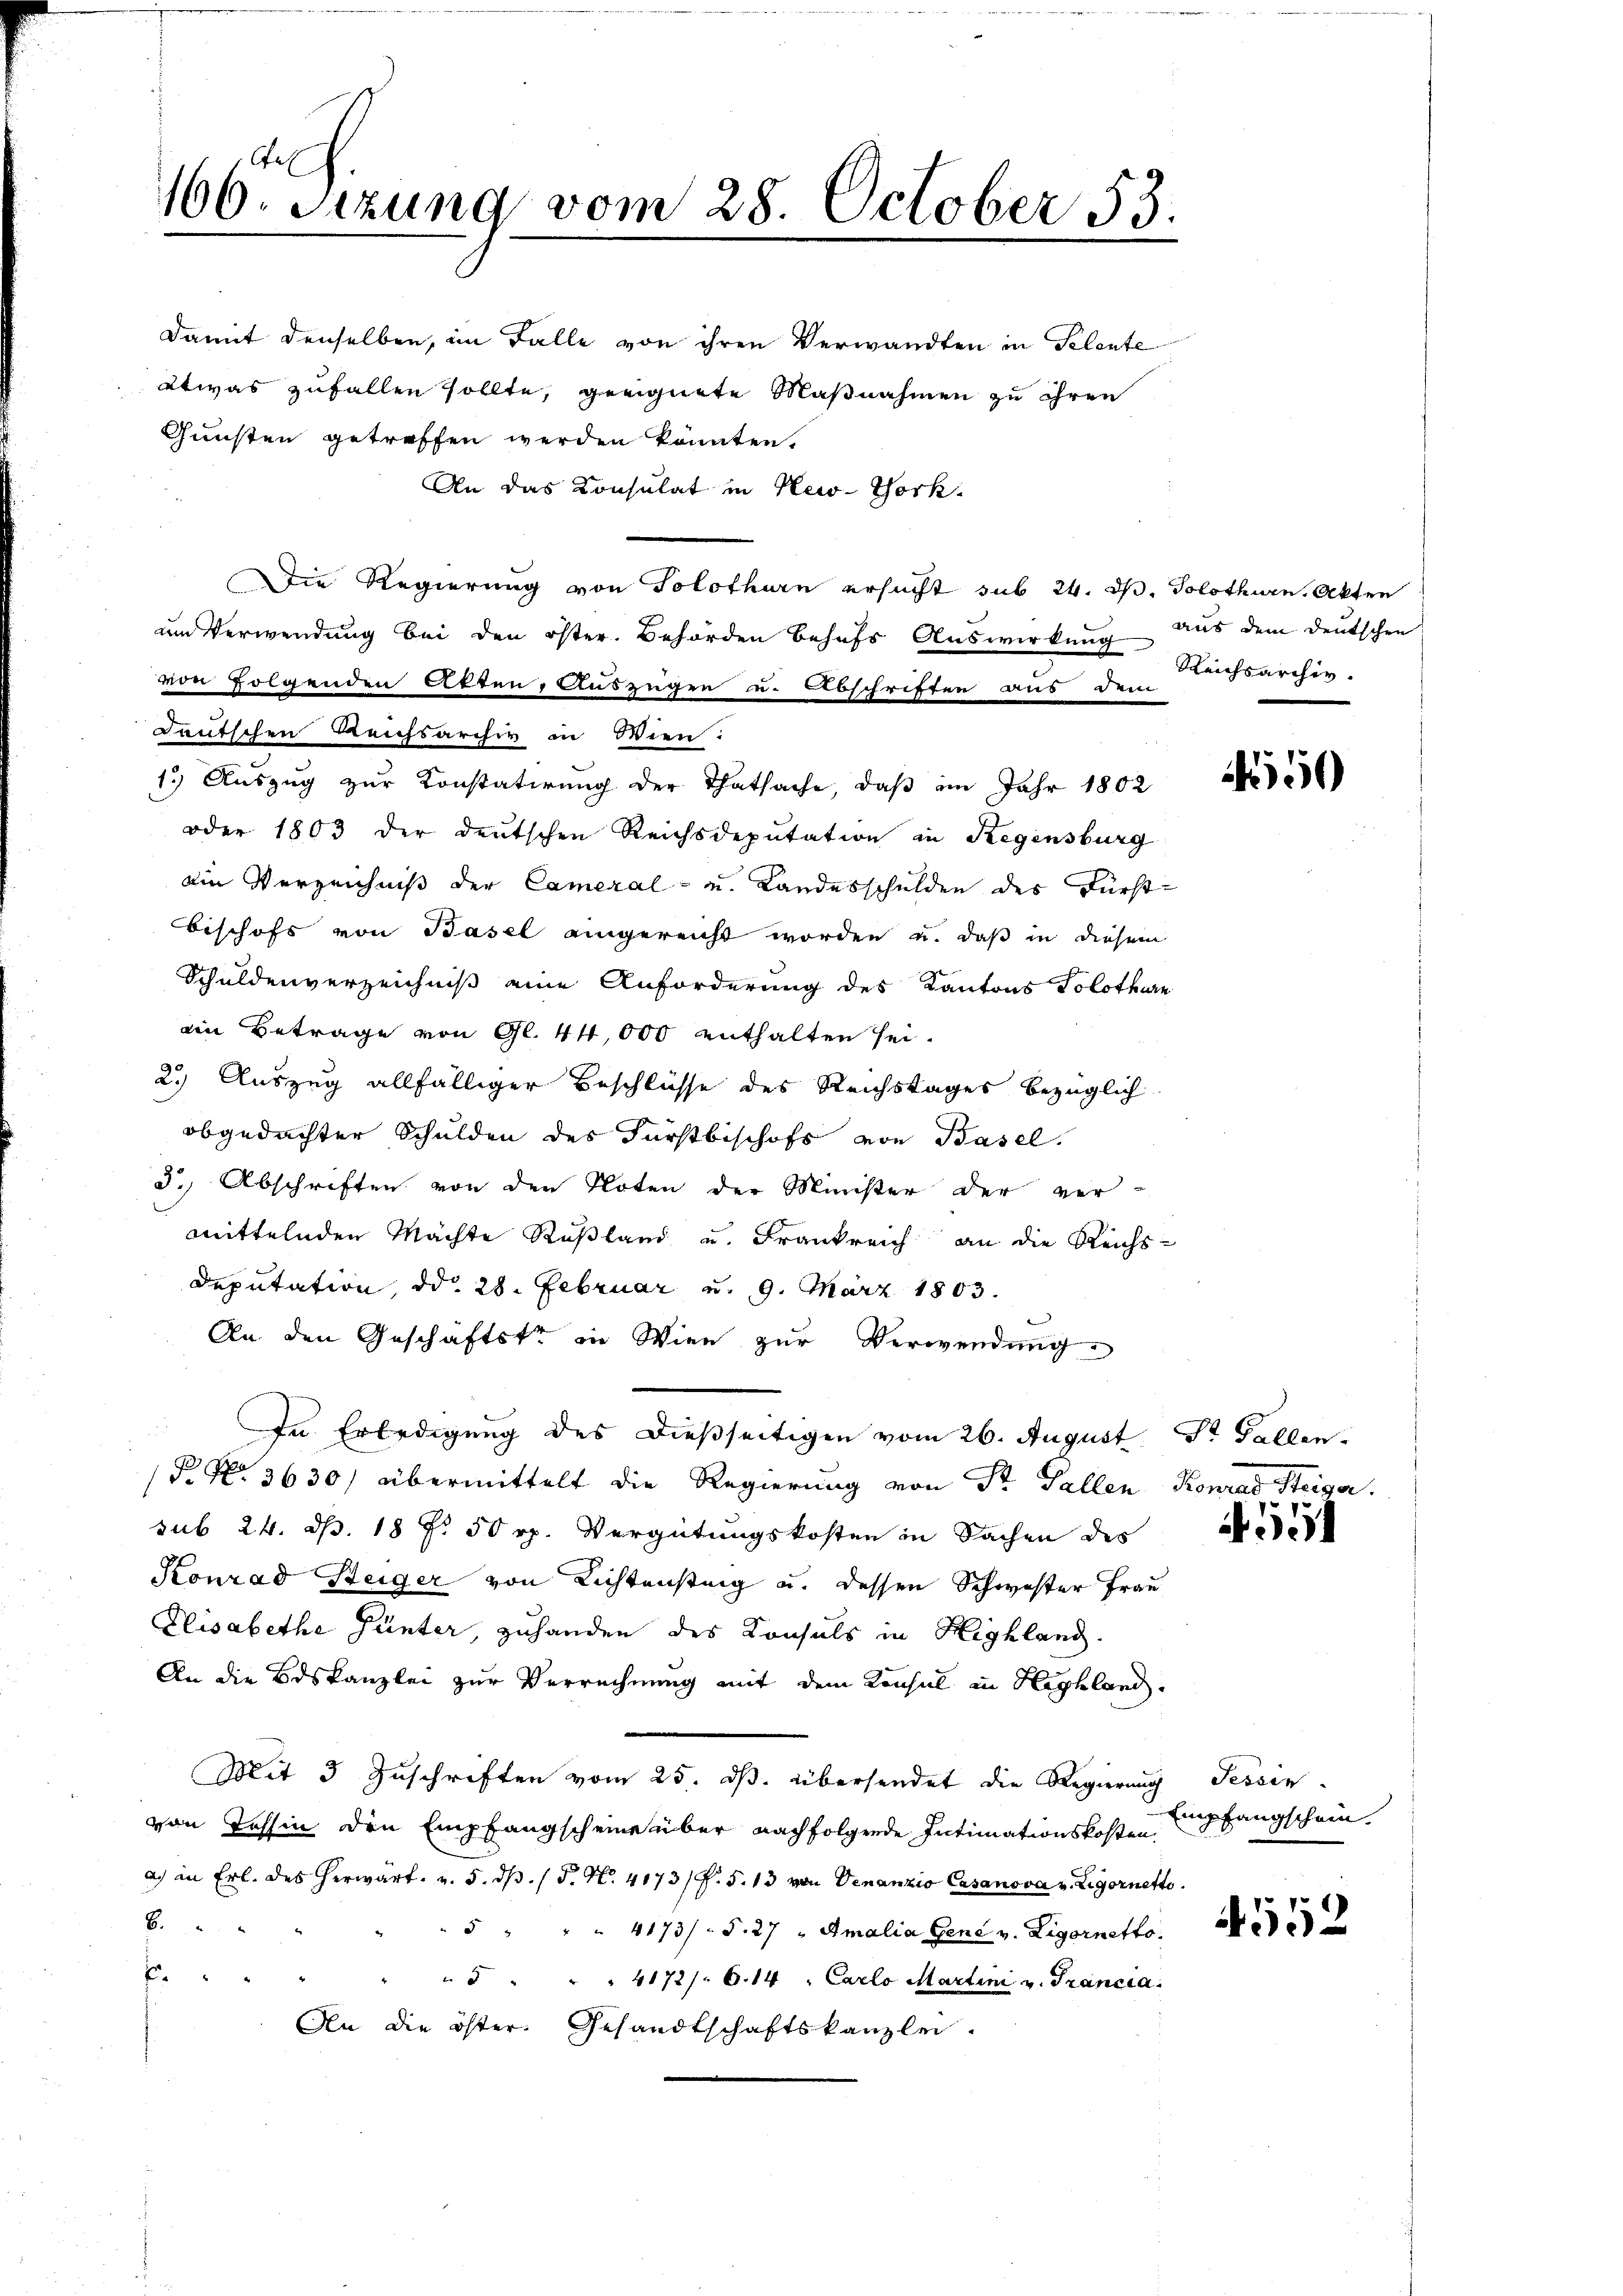
166. Sizung vom 28. October 53.

damit denselben, im Falle von ihren Verwandten in Plante
etwas zufallen sollte, geeignete Maßnahmen zu ihren
Gunsten getreffen werden könnten.
An das Consulat in New-York
Die Regierung von Solothurn ersucht sub 24. d. Solothurn, Akten
um Verwendung bei den öster. Behörden behufs Auswirkung aus dem deutschen
von Folgenden Akten, Auszügen u. Abschriften aus dem
Teutschen Reichsarchiv in Wien:
1.) Auszug zur Konstatirung der Thatsache, daß im Jahr 1802
oder 1803 der deutschen Reichsdeputation in Regensburg
Ain Verzeichniß der Cameral- und Landesschulden des Fürst
Beschofs von Basel eingereicht worden u. daß in diesem
Schuldenverzeichniß eine Anforderung des Kantons Solothurn
an Betrage von Gl. 44,000 enthalten sei.
2.) Auszug allfälliger Beschlüsse des Reichstages bezüglich
obgedachter Schulden des Fürstbischofs von Basel
3.) Abschriften von den Noten der Minister der ver-
mittelnden Machte Rußland und Frankreich an die Reichs-
Deputation, d. 28. Februar u. 9. März 1803.
An den Geschäftste in Wien zur Verwendung
In Erledigung des dießseitigen vom 26. August St. Gallen.
P. Nr. 3630/ übermittelt die Regierung von Dr. Gallen Konrad Steiger
sub 24. ds. 18 f. 50 rp. Vergütungskosten in Sachen des
Konrad Steiger von Richtenstag u. dessen Schwester Frau
Elisabethe Günter, zuhanden des Konsuls in Highland.
An die Bdskanzlei zur Verrechnung mit dem Konsul in Highland.
Mit 3 Zuschriften vom 25. ds. übersendet die Regierung Tessin
von Tessin den Empfangscheine über nachfolgende Intimationskosten Auffangschein
a. in Erl. des herwart. v. 5. dβ. / P. N. 4173/F. 5. 13 von Venanzio Casanova v. Rigornetto.
B.
" 5 " " " 4173) S. 27 " Amalia Gene v. Ligornetto.
E
"  . . . 4172/. 6.14 " Carlo Martini v. Francia
An die öster. Gesandtschaftskanzlei.

Reichsarchiv.

150

A. 551

4552